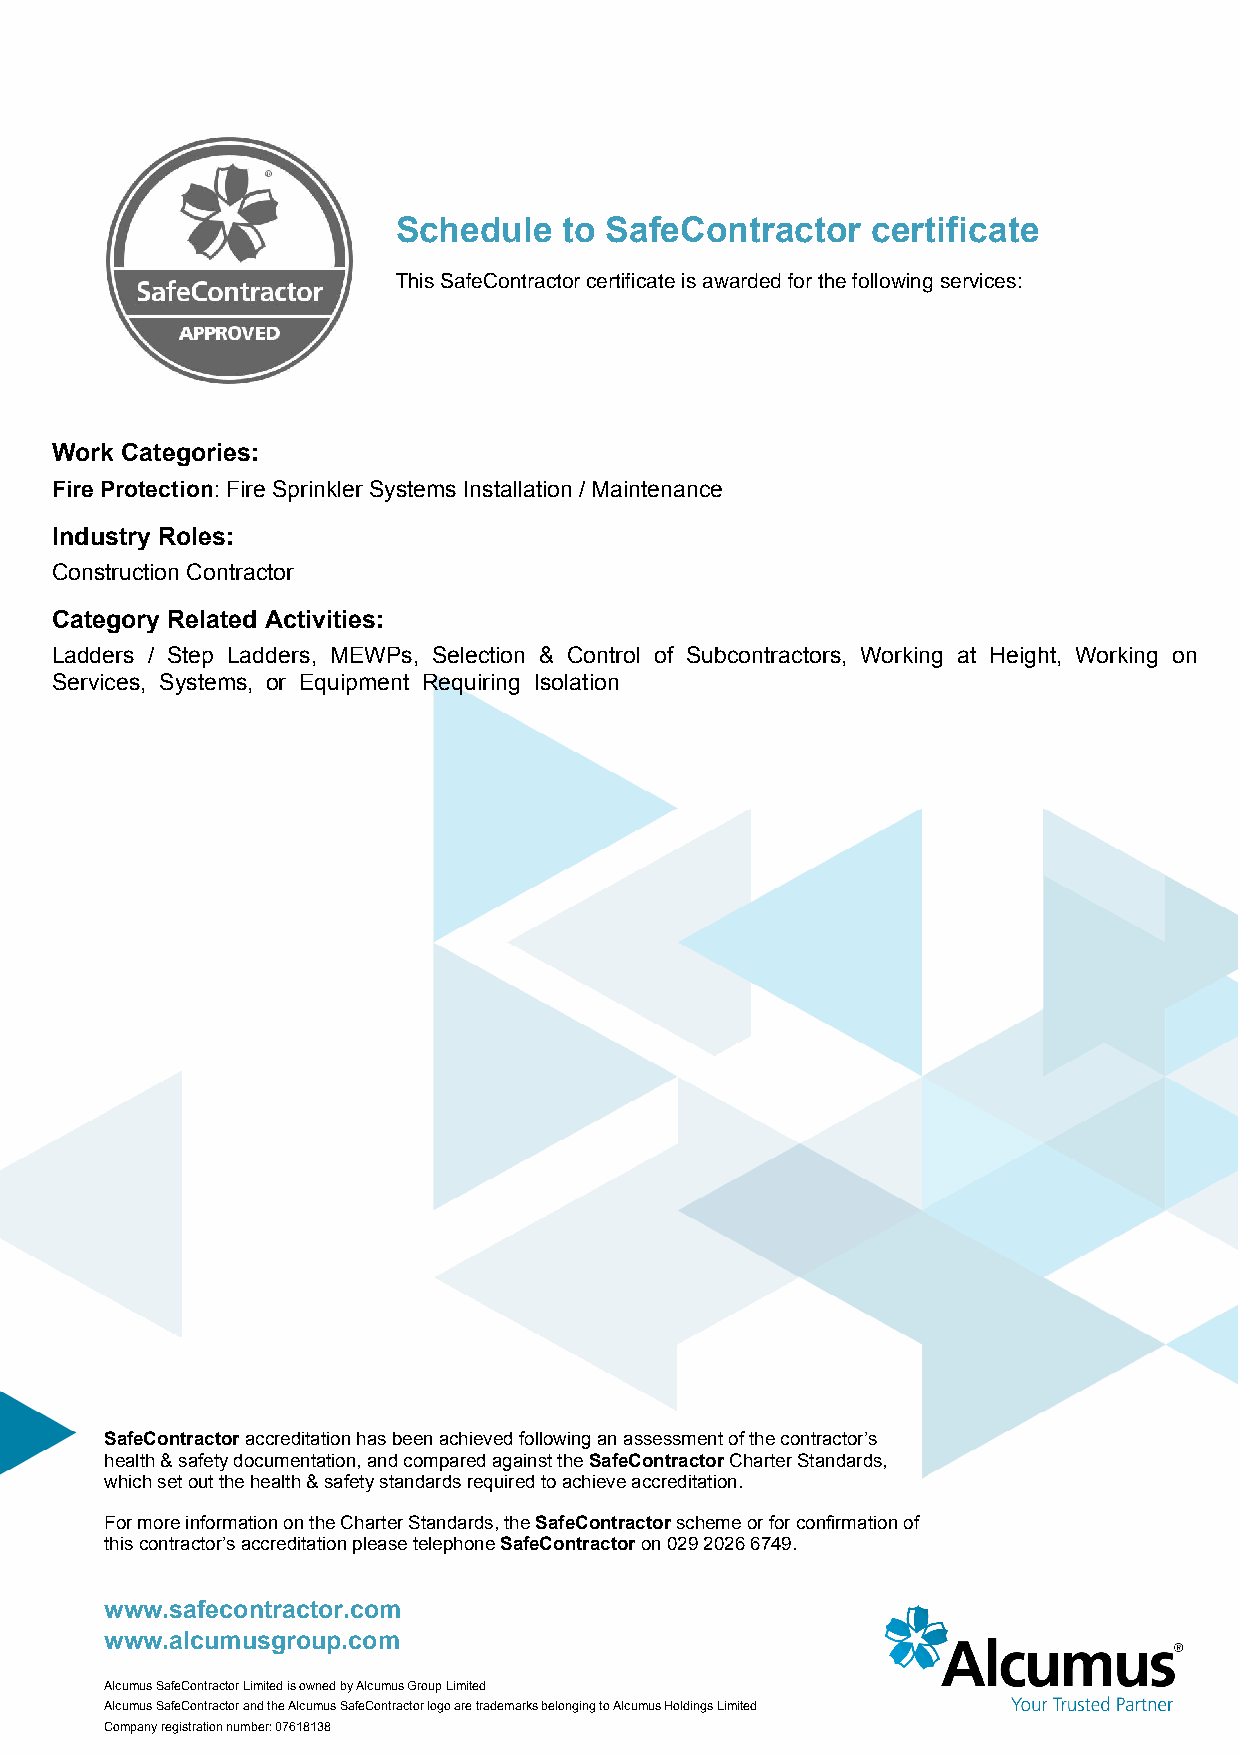
Schedule   to SafeContractor    certificate
 This SafeContractor certificate is awarded for the following services:
 Work Categories:
 Fire Protection: Fire Sprinkler Systems Installation / Maintenance
 Industry Roles:
 Construction Contractor
 Category Related Activities:
 Ladders / Step Ladders, MEWPs, Selection & Control of Subcontractors, Working at Height, Working on
 Services, Systems, or Equipment Requiring Isolation
 SafeContractor accreditation has been achieved following an assessment of the contractor’s
 health & safety documentation, and compared against the SafeContractor Charter Standards,
 which set out the health & safety standards required to achieve accreditation.
 For more information on the Charter Standards, the SafeContractor scheme or for confirmation of
 this contractor’s accreditation please telephone SafeContractor on 029 2026 6749.
 www.safecontractor.com
 www.alcumusgroup.com
 Alcumus SafeContractor Limited is owned by Alcumus Group Limited
 Alcumus SafeContractor and the Alcumus SafeContractor logo are trademarks belonging to Alcumus Holdings Limited
 Company registration number: 07618138